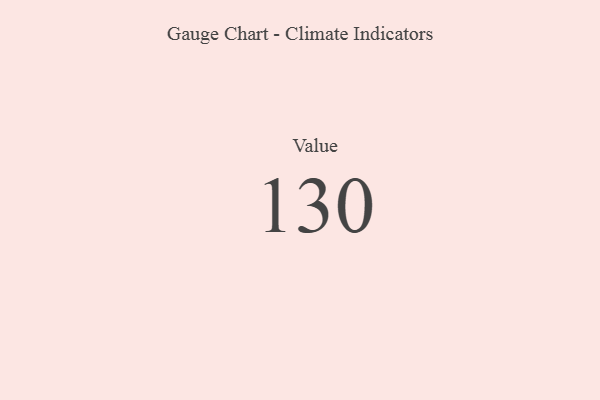
{"axis": {"x": "Metric", "y": "Value"}, "legend": [""], "data": [{"x": "Value", "y": 130, "type": ""}]}